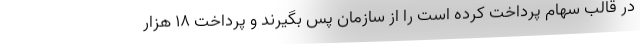
در قالب سهام پرداخت کرده است را از سازمان پس بگیرند و پرداخت ۱۸ هزار